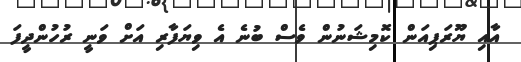
އާއި ޔޫރަޕިއަން ކޮމިޝަނުން ވެސް ބުނެ އެ ވިޔަފާރި އަށް ވަނީ ރުހުންދީފަ